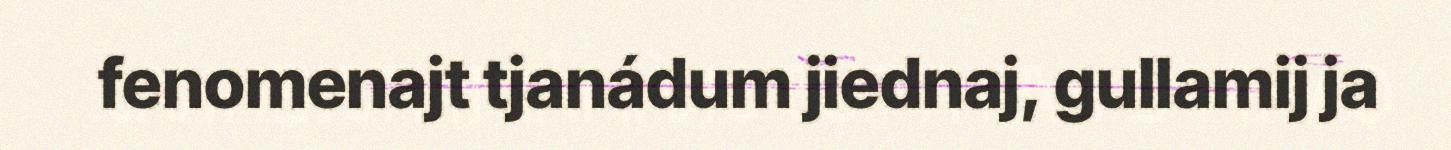
fenomenajt tjanádum jiednaj, gullamij ja